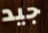
جيد